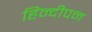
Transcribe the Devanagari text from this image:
हिन्दीपन